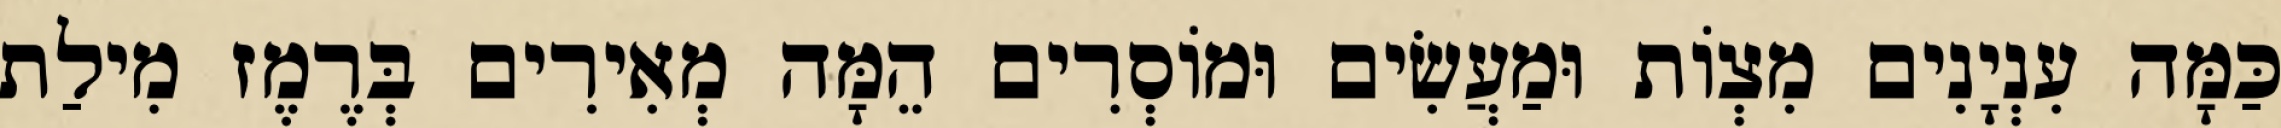
כַּמָּה עִנְיָנִים מִצְוֹת וּמַעֲשִׂים וּמוֹסְרִים הֵמָּה מְאִירִים בְּרֶמֶז מִילַת